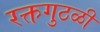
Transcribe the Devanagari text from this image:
रक्तगुठळी